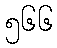
၅၆၆